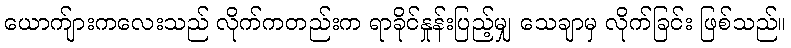
ယောက်ျားကလေးသည် လိုက်ကတည်းက ရာခိုင်နှုန်းပြည့်မျှ သေချာမှ လိုက်ခြင်း ဖြစ်သည်။